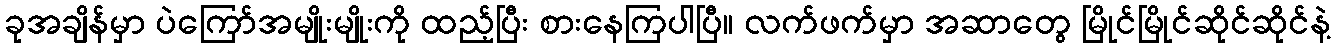
ခုအချိန်မှာ ပဲကြော်အမျိုးမျိုးကို ထည့်ပြီး စားနေကြပါပြီ။ လက်ဖက်မှာ အဆာတွေ မြိုင်မြိုင်ဆိုင်ဆိုင်နဲ့